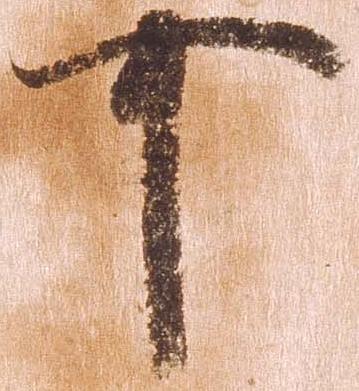
可